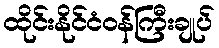
ထိုင်းနိုင်ငံဝန်ကြီးချုပ်